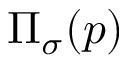
\Pi _ { \sigma } ( p )